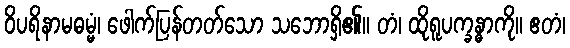
ဝိပရိနာမဓမ္မံ၊ ဖေါက်ပြန်တတ်သော သဘောရှိ၏။ တံ၊ ထိုရူပက္ခန္ဓာကို။ ဧတံ၊